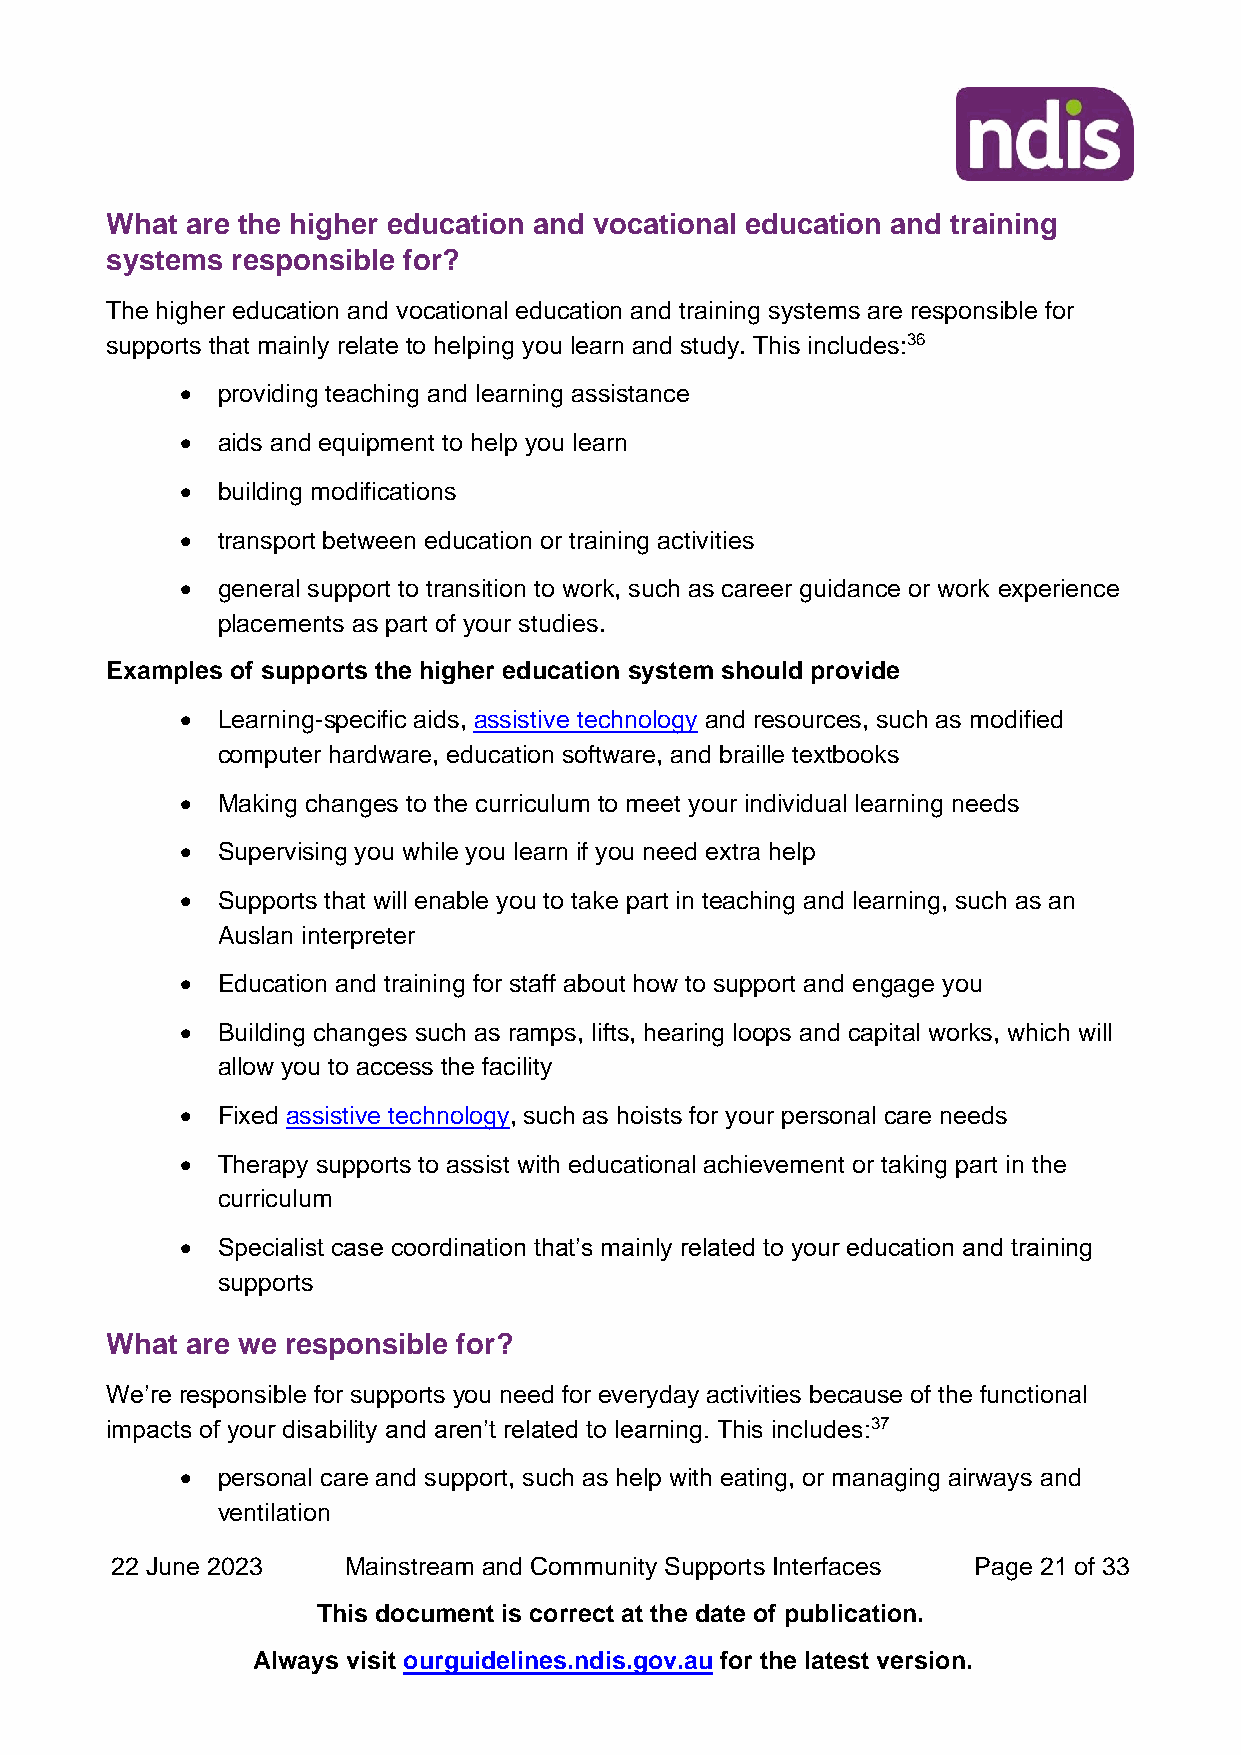
What are the higher education and vocational education and training
 systems responsible for?
 The higher education and vocational education and training systems are responsible for
 supports that mainly relate to helping you learn and study. This includes:36
 • providing teaching and learning assistance
 • aids and equipment to help you learn
 • building modifications
 • transport between education or training activities
 • general support to transition to work, such as career guidance or work experience
 placements as part of your studies.
 Examples of supports the higher education system should provide
 • Learning-specific aids, assistive technology and resources, such as modified
 computer hardware, education software, and braille textbooks
 • Making changes to the curriculum to meet your individual learning needs
 • Supervising you while you learn if you need extra help
 • Supports that will enable you to take part in teaching and learning, such as an
 Auslan interpreter
 • Education and training for staff about how to support and engage you
 • Building changes such as ramps, lifts, hearing loops and capital works, which will
 allow you to access the facility
 • Fixed assistive technology, such as hoists for your personal care needs
 • Therapy supports to assist with educational achievement or taking part in the
 curriculum
 • Specialist case coordination that’s mainly related to your education and training
 supports
 What are we responsible for?
 We’re responsible for supports you need for everyday activities because of the functional
 impacts of your disability and aren’t related to learning. This includes:37
 • personal care and support, such as help with eating, or managing airways and
 ventilation
 22 June 2023    Mainstream and Community Supports Interfaces Page 21 of 33
 This document is correct at the date of publication.
 Always visit ourguidelines.ndis.gov.au for the latest version.